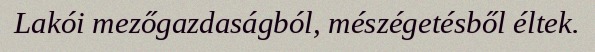
Lakói mezőgazdaságból, mészégetésből éltek.